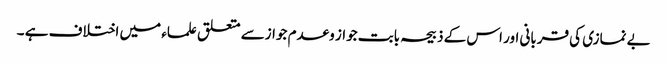
بے نمازی کی قربانی اور اس کے ذبیحہ بابت جواز وعدم جوازسے متعلق علماء میں اختلاف ہے ۔